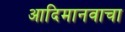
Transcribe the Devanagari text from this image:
आदिमानवाचा